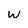
Character: w